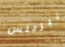
تيرينس